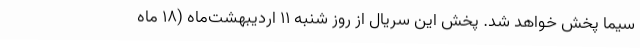
سیما پخش خواهد شد. پخش این سریال از روز شنبه ۱۱ اردیبهشت‌ماه (۱۸ ماه